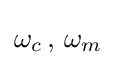
\omega _{c}\,,\,\omega _{m}